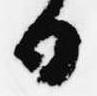
日